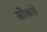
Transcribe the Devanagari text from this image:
सीकते